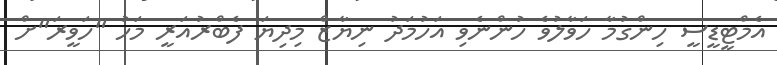
އެމްޓީޑީސީ ހިންގުމާ ހަވާލުވެ ހުންނެވި އަހުމަދު ނިޔާޒް މިދިޔަ ފެބްރުއަރީ މަހު "ހަވީރަ"ށް